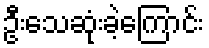
ဦးသေဆုံးခဲ့ကြောင်း